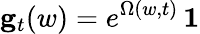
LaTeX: {\mathbf g}_{t}(w)=e^{\Omega(w,t)}\, \boldsymbol{1}